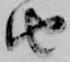
由